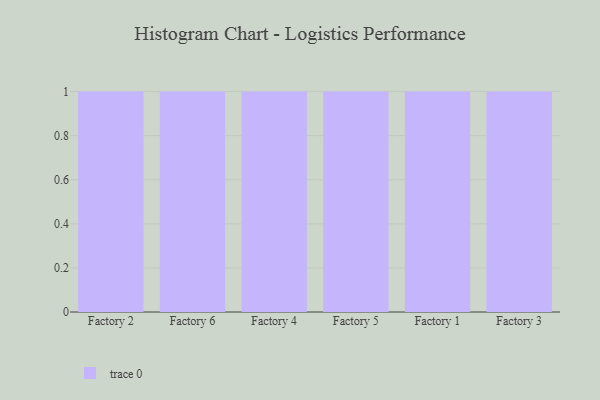
{"axis": {"x": "Factory", "y": "Population (Million)"}, "legend": [""], "data": [{"x": "Factory 2", "y": 45, "type": ""}, {"x": "Factory 6", "y": 56, "type": ""}, {"x": "Factory 4", "y": 39, "type": ""}, {"x": "Factory 5", "y": 95, "type": ""}, {"x": "Factory 1", "y": 1, "type": ""}, {"x": "Factory 3", "y": 43, "type": ""}]}